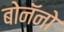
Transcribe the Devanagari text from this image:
बोनॅनो